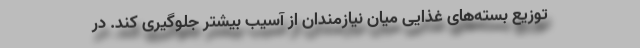
توزیع بسته‌های غذایی میان نیازمندان از آسیب بیشتر جلوگیری کند. در